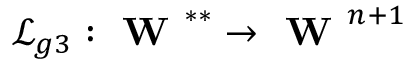
\mathcal { L } _ { g 3 } : \textbf { W } ^ { * * } \to \textbf { W } ^ { n + 1 }